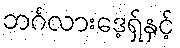
ဘင်္ဂလားဒေ့ရှ်နှင့်